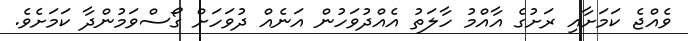
ވެއްޖެ ކަމަށާއި ރަށުގެ އާއްމު ހާލަތު އެއްދުވަހުން އަނެއް ދުވަހަށް ގޯސްވަމުންދާ ކަމަށެވެ.